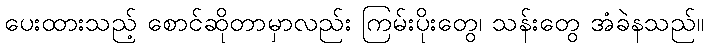
ပေးထားသည့် စောင်ဆိုတာမှာလည်း ကြမ်းပိုးတွေ၊ သန်းတွေ အံခဲနသည်။